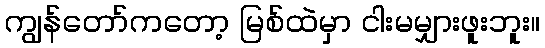
ကျွန်တော်ကတော့ မြစ်ထဲမှာ ငါးမမျှားဖူးဘူး။